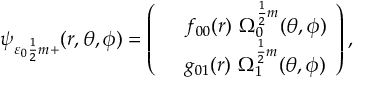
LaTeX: ( \vec { q } ^ { \: 2 } ) ^ { 1 - \epsilon } \int \frac { d ^ { D - 2 } k } { \Gamma ( 1 - \epsilon ) \pi ^ { 1 + \epsilon } } \frac { \ln ( \vec { q } ^ { \: 2 } / \vec { k } ^ { \: 2 } ) } { ( \vec { k } - \vec { q } _ { 1 } ) ^ { 2 } ( \vec { k } + \vec { q } _ { 1 } ^ { \: \prime } ) ^ { 2 } } = - \frac { 1 } { \epsilon } \ln \left( \frac { \vec { q } _ { 1 } ^ { \: 2 } \vec { q } _ { 1 } ^ { \: \prime \: 2 } } { ( \vec { q } ^ { \: 2 } ) ^ { 2 } } \right) - \frac { 1 } { 2 } \ln ^ { 2 } \left( \frac { \vec { q } _ { 1 } ^ { \: 2 } } { \vec { q } _ { 1 } ^ { \: \prime \: 2 } } \right) + O ( \epsilon ) \; ,